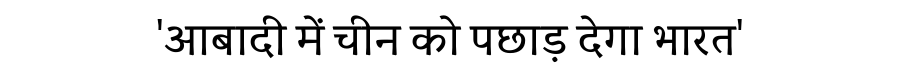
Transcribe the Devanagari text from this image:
'आबादी में चीन को पछाड़ देगा भारत'